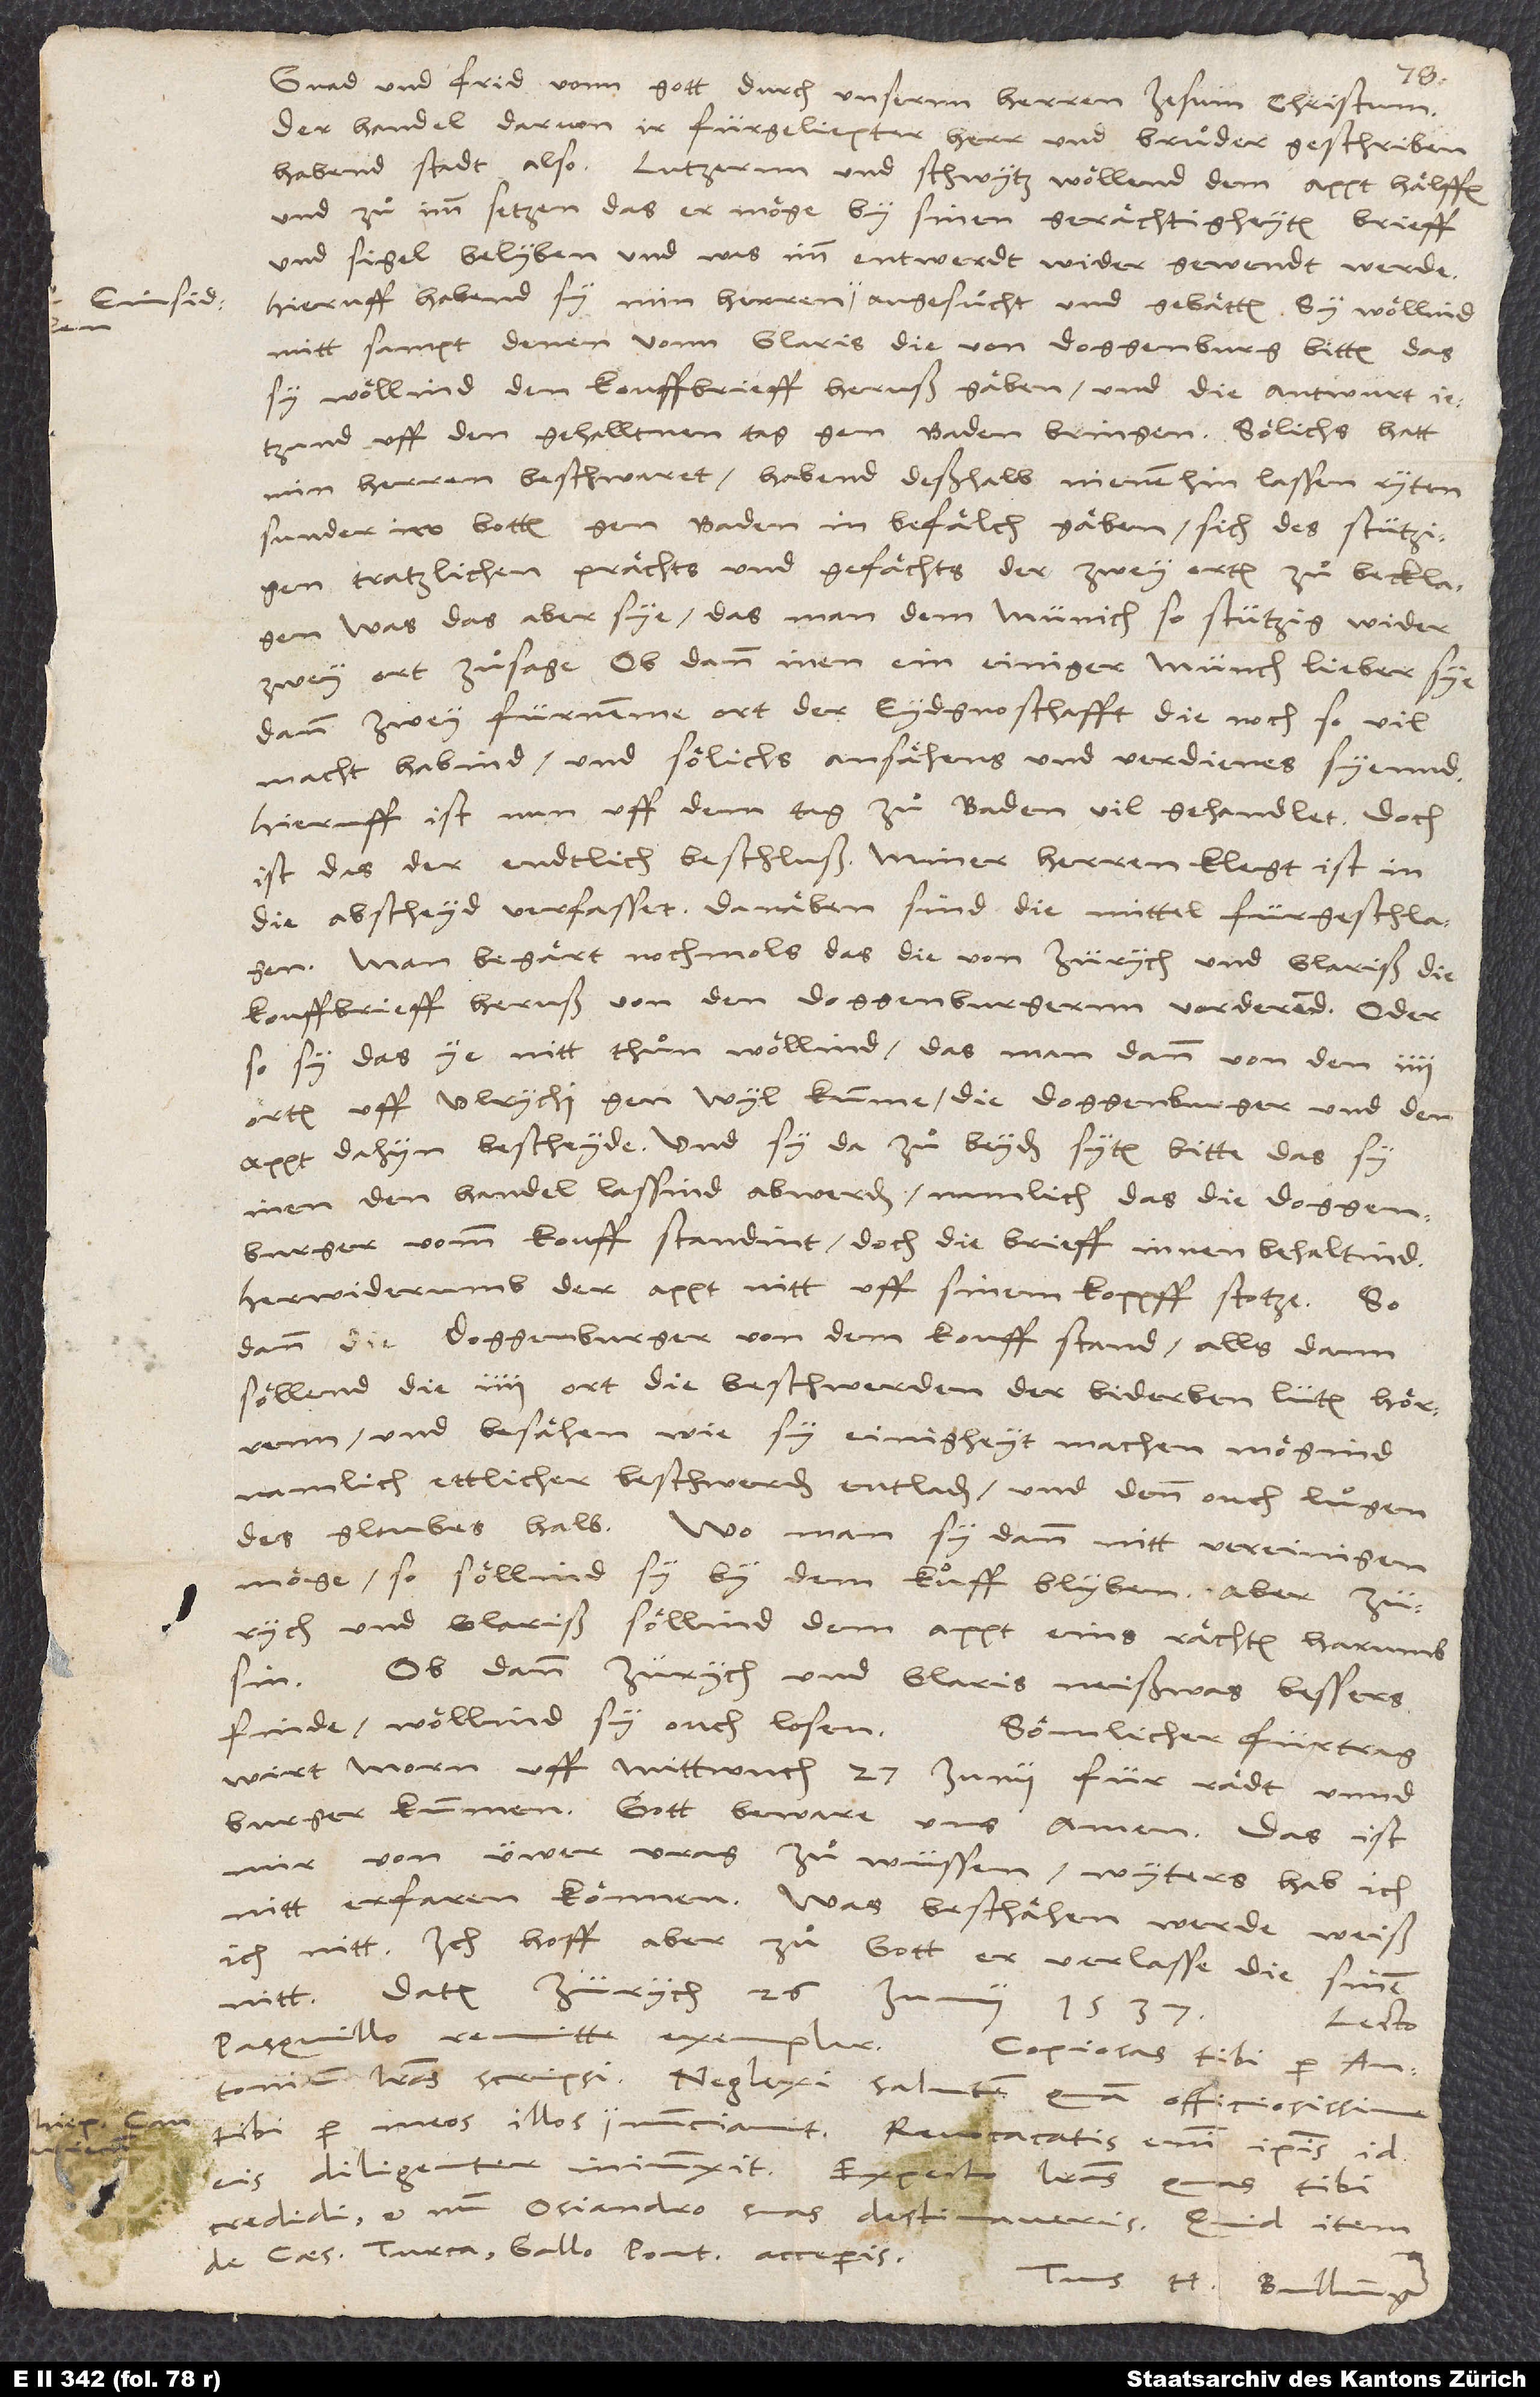
Gnad und frid vonn gott durch unsernn herren Iesum Christum.
Der handel, darvon ir, fürgeliepter herr und bruͦder, geschriben
habend, stadt also: Lutzernn und Schwytz wöllend dem appt hälffen
und zuͦ im setzen, das er möge by sinen gerächtigheyten, brieff
und sigel belyben und, was im entwerdt, wider gewendt werde.
mittsampt denen von Glaris die von Doggenburg bitten, das
sy wöllind den kouffbrieff heruß gäben und die antwurt ietzund
uff den gehalltnen tag gen Baden bringen. Sölichs hatt
min herren beschwaret; habend deßhalb nienenhin lassen ryten,
sunder iro botten gen Baden in befälch gäben, sich des stutzigen,
tratzlichen prächts und gefächts der zwey orten zu becklagen:
was das aber sye, das man dem münich so stutzig wider
zwey ort zuͦsage? ob dann inen ein einiger münch lieber sye
dann zwey fiirneme ort der eydgnoschafft, die noch so vil
macht habend und sölichs ansähens und verdiene(n)s syennd?
Hieruff ist nun uff dem tag zuͦ Baden vil gehandlet; doch
ist das der endtlich Beschluß: miner herren klegt ist in
die abscheyd verfasset. Danäben sind die mittel fürgeschlagen.
Man begärt nochmals, das die von Zürych und Glariß die
kouffbrieff heruß von den Doggenburgernn vorderend; oder
so sy das ye nitt thuͦn wöllind, das man dann von den 4
orten uff Ulrychi gen Wyl kumme, die Doggenburger und den
appt dahyn bescheyde und sy da zuͦ beyden syten bitte, das sy
inen den handel lassind ab werden, nämlich das die Doggenburger
vom kouff standint, doch die brieff innen behaltind,
herwiderumb der appt nitt uff sinem koppff stotze. So
dann die Doggenburger von dem kouff stand, allsdann
söllend die 4 ort die beschwerden der biderben lüten hörrenn
unnd besähen, wie sy einigheyt machen mögind.
namlich ettlicher beschwerden entladen und denn ouch luͦgen
des gloubes halb. Wo man sy dann nitt vereinigen
möge, so söllind sy by dem kuͦff blyben; aber Zürych
und Glariß söllend dem appt eins rächten harumb
sin.
Ob dann Zürych und Glaris neißwas bessers
finde, wöllind sy ouch losen.
Sömlicher fürtrag
wirt morn, uͦff Mittwuch 27. Iunii, für rädt unnd
burger kummen. Gott beware uns. Amen. Das ist
mir von üwer vrag zuͦ wüssen; wyters hab ich
nitt erfaren können. Was beschähen werde, weiß
ich nitt. Ich hoff aber zuͦ Gott, er verlasse die sinen
nitt. Datum Zürych, 26. Iunii, 1537.
Lecto
pasquillo remitte exemplar. Copiosas tibi per Antonium
literas scripsi. Neglexi salutem, quam officiosissime
eis diligenter iniunxit. Exspecto literas, quas tibi
credidi, et num Osiandro suas destinaveris; quid item
de Caesare, Turca, Gallo, pontifice acceperis.